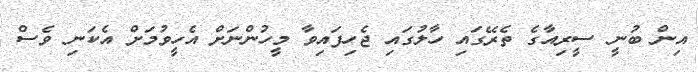
އިން ބުނީ ސީރިއާގެ ތެރޭގައި ހާލުގައި ޖެހިފައިވާ މީހުންނަށް އެހީވުމަށް އެކަނި ވެސް